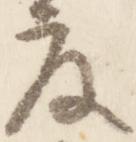
度